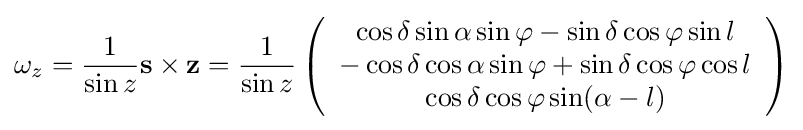
\mathbf {\omega } _{z}={\frac {1}{\sin z}}\mathbf {s} \times \mathbf {z} ={\frac {1}{\sin z}}\left({\begin{array}{c}\cos \delta \sin \alpha \sin \varphi -\sin \delta \cos \varphi \sin l\\-\cos \delta \cos \alpha \sin \varphi +\sin \delta \cos \varphi \cos l\\\cos \delta \cos \varphi \sin(\alpha -l)\end{array}}\right)